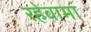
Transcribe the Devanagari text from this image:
रहेवामां